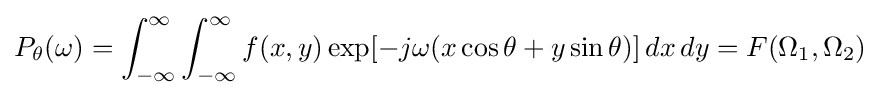
P_{\theta }(\omega )=\int _{-\infty }^{\infty }\int _{-\infty }^{\infty }f(x,y)\exp[-j\omega (x\cos \theta +y\sin \theta )]\,dx\,dy=F(\Omega _{1},\Omega _{2})